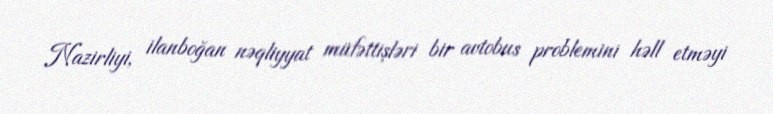
Nazirliyi, ilanboğan nəqliyyat müfəttişləri bir avtobus problemini həll etməyi